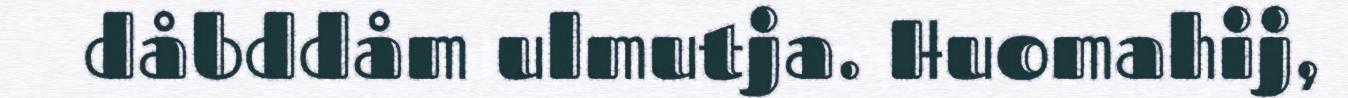
dåbddåm ulmutja. Huomahij,